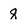
Character: q